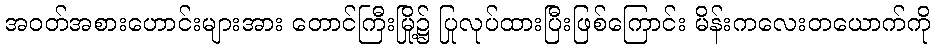
အဝတ်အစားဟောင်းများအား တောင်ကြီးမြို့၌ ပြုလုပ်ထားပြီးဖြစ်ကြောင်း မိန်းကလေးတယောက်ကို